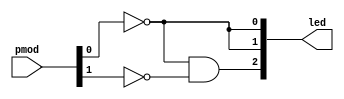
// Vector and intermediate (wire) value example
//
// Inputs:
//      pmod[1:0]   - pushbuttons (x2)
//
// Outputs:
//      led[2:0]    - LEDs (x3)
//
// LEDs 0 and 1 turn on if pmod[0] button is pressed. LED 2 turns on if pmod[0]
// and pmod[1] are pressed together.
//
// License: 0BSD

// Module: button 0 lights up 2 LEDs, button 0 and 1 light up another LED
module and_gate (

    // Inputs
    input   [1:0]   pmod,
    
    // Output
    output  [2:0]   led
);

    // Wire (net) declarations (internal to module)
    wire not_pmod_0;

    // Continuous assignment: replicate 1 wire to 2 outputs
    assign not_pmod_0 = ~pmod[0];
    assign led[1:0] = {2{not_pmod_0}};
    
    // Continuous assignment: NOT and AND operators
    assign led[2] = not_pmod_0 & ~pmod[1];
    
endmodule